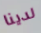
لدينا